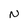
Character: n